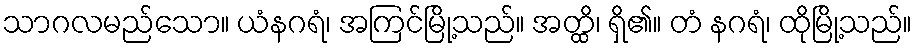
သာဂလမည်သော။ ယံနဂရံ၊ အကြင်မြို့သည်။ အတ္ထိ၊ ရှိ၏။ တံ နဂရံ၊ ထိုမြို့သည်။